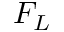
F _ { L }